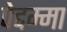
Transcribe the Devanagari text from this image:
पेद्दम्मा